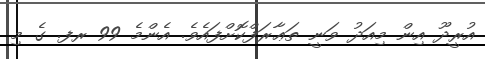
އުރީދޫ އިން މިއަދު ވަނީ ތަޢާރަފްކޮށްފައެވެ. އެންމެ 99 ރފ. ގެ މި